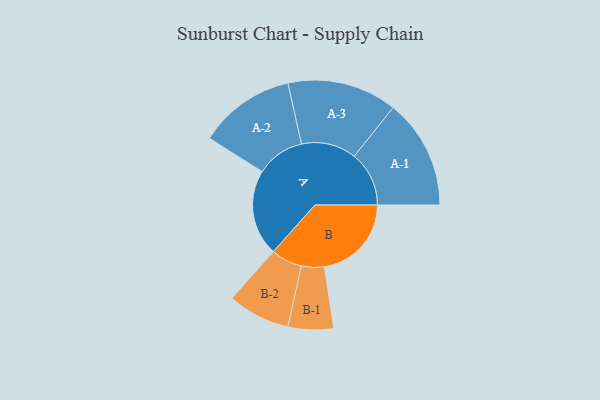
{"axis": {"x": "Segment", "y": "Value"}, "legend": ["", "A", "B"], "data": [{"x": "A", "y": 383, "type": ""}, {"x": "B", "y": 387, "type": ""}, {"x": "A-1", "y": 244, "type": "A"}, {"x": "A-2", "y": 215, "type": "A"}, {"x": "A-3", "y": 244, "type": "A"}, {"x": "B-1", "y": 101, "type": "B"}, {"x": "B-2", "y": 139, "type": "B"}]}